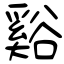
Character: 谿